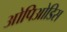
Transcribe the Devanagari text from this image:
ओपिओडिस